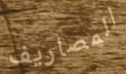
المصاريف